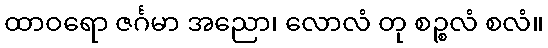
ထာဝရော ဇင်္ဂမာ အညော၊ လောလံ တု စဉ္စလံ စလံ။